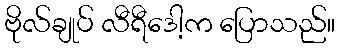
ဗိုလ်ချုပ် လီရီဒေါ့က ပြောသည်။